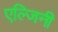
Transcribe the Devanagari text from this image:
एल्जिनी